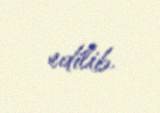
edilib.